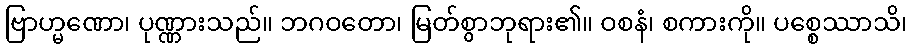
ဗြာဟ္မဏော၊ ပုဏ္ဏားသည်။ ဘဂဝတော၊ မြတ်စွာဘုရား၏။ ဝစနံ၊ စကားကို။ ပစ္စေဿာသိ၊